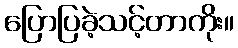
ပြောပြခဲ့သင့်တာကိုး။